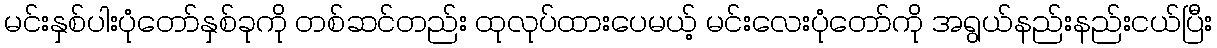
မင်းနှစ်ပါးပုံတော်နှစ်ခုကို တစ်ဆင်တည်း ထုလုပ်ထားပေမယ့် မင်းလေးပုံတော်ကို အရွယ်နည်းနည်းငယ်ပြီး